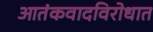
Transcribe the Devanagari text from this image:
आतंकवादविरोधात